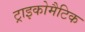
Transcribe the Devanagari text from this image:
ट्राइकोमैटिक